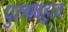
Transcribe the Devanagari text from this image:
पुरुषबहुत्व